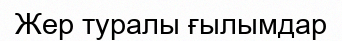
Жер туралы ғылымдар